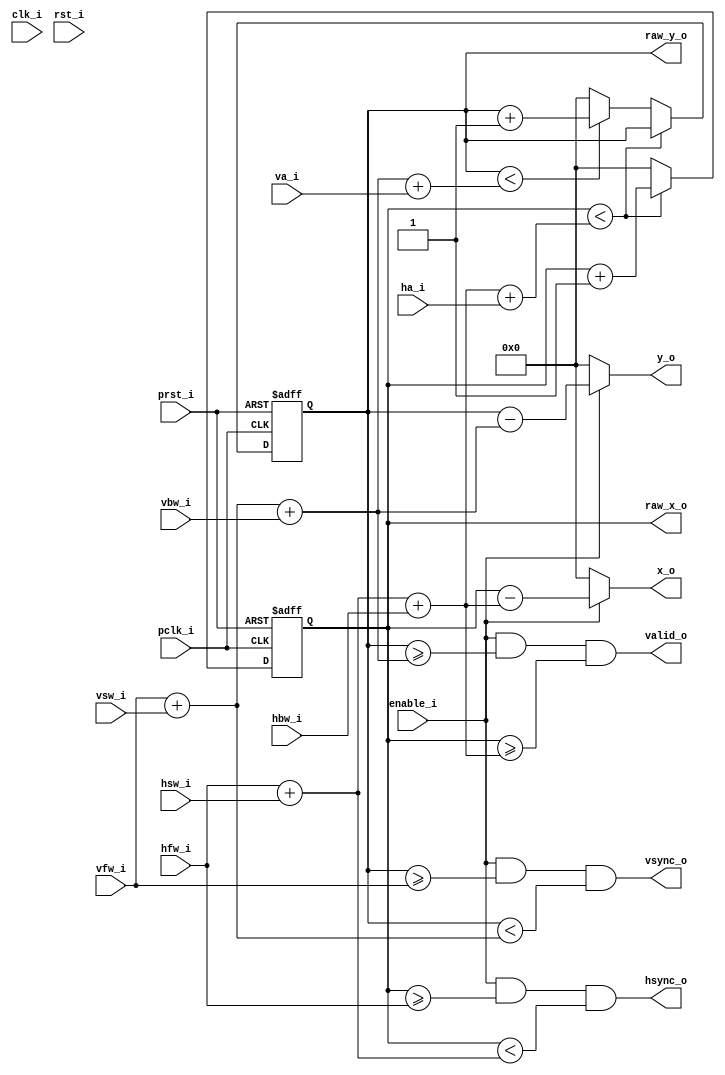
module crtc
(
    // CPU Clock Domain
     input wire clk_i
    ,input wire rst_i

    ,input wire enable_i

    ,input wire [11:0] ha_i
    ,input wire [11:0] hfw_i
    ,input wire [11:0] hsw_i
    ,input wire [11:0] hbw_i

    ,input wire [11:0] va_i
    ,input wire [11:0] vfw_i
    ,input wire [11:0] vsw_i
    ,input wire [11:0] vbw_i

    // Video Clock Domain
    ,input wire pclk_i
    ,input wire prst_i
    ,output wire vsync_o
    ,output wire hsync_o
    ,output wire valid_o
    ,output wire [11:0] x_o
    ,output wire [11:0] y_o
    ,output wire [11:0] raw_x_o
    ,output wire [11:0] raw_y_o
);

wire [11:0] H_BLANK;
wire [11:0] V_BLANK;
wire [11:0] H_TOTAL;
wire [11:0] V_TOTAL;

assign H_BLANK = hfw_i + hsw_i + hbw_i;
assign V_BLANK = vfw_i + vsw_i + vbw_i;

assign H_TOTAL = H_BLANK + ha_i;
assign V_TOTAL = V_BLANK + va_i;

// Absolute Coordinates
reg [11:0] xcoord;
reg [11:0] ycoord;

// Active Coordinates
wire [11:0] pixel_y;
wire [11:0] pixel_x;

assign vsync_o = enable_i && (ycoord >= vfw_i) && (ycoord < (vfw_i + vsw_i));
assign hsync_o = enable_i && (xcoord >= hfw_i) && (xcoord < (hfw_i + hsw_i));

assign pixel_y = (ycoord - V_BLANK);
assign pixel_x = (xcoord - H_BLANK);

assign y_o = enable_i ? pixel_y[11:0] : 12'd0;
assign x_o = enable_i ? pixel_x[11:0] : 12'd0;

assign raw_y_o = ycoord;
assign raw_x_o = xcoord;

assign valid_o = enable_i && (ycoord >= V_BLANK) && (xcoord >= H_BLANK);

always @ (posedge pclk_i or posedge prst_i) begin
    if(prst_i) begin
        ycoord = 12'd0;
        xcoord = 12'd0;
    end else if(xcoord < H_TOTAL) begin
        xcoord = xcoord + 12'd1;
    end else if(ycoord < V_TOTAL) begin
        ycoord = ycoord + 12'd1;
        xcoord = 12'd0;
    end else begin
        ycoord = 12'd0;
        xcoord = 12'd0;
    end
end

endmodule